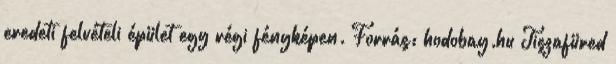
eredeti felvételi épület egy régi fényképen. Forrás: hodobay.hu Tiszafüred